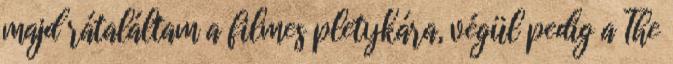
majd rátaláltam a filmes pletykára, végül pedig a The